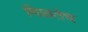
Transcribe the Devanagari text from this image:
मिळतेच